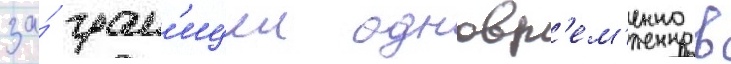
за́ гран'ицеи одновр'ем'енно в